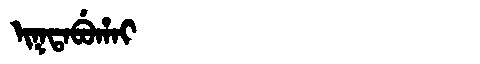
Manchu: ᡳᡴᡨᠠᠪᡠᡥᠠᡳ
Romanization: IKTABUHAI